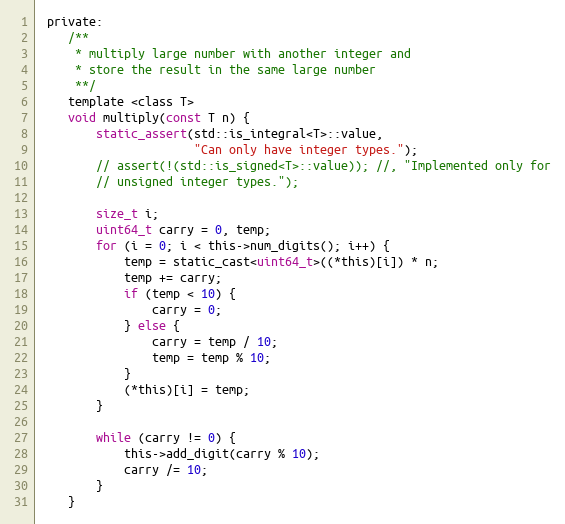
Language: C
 private:
    /**
     * multiply large number with another integer and
     * store the result in the same large number
     **/
    template <class T>
    void multiply(const T n) {
        static_assert(std::is_integral<T>::value,
                      "Can only have integer types.");
        // assert(!(std::is_signed<T>::value)); //, "Implemented only for
        // unsigned integer types.");

        size_t i;
        uint64_t carry = 0, temp;
        for (i = 0; i < this->num_digits(); i++) {
            temp = static_cast<uint64_t>((*this)[i]) * n;
            temp += carry;
            if (temp < 10) {
                carry = 0;
            } else {
                carry = temp / 10;
                temp = temp % 10;
            }
            (*this)[i] = temp;
        }

        while (carry != 0) {
            this->add_digit(carry % 10);
            carry /= 10;
        }
    }